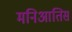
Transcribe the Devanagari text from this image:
मनिआतिस